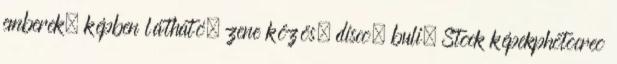
emberek, képben látható, zene közös, disco, buli. Stock képekphotocreo